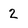
Character: 2